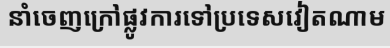
នាំចេញក្រៅផ្លូវការទៅប្រទេសវៀតណាម